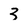
Character: 3